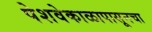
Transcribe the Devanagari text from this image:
पेशवेकाळापासूनचा